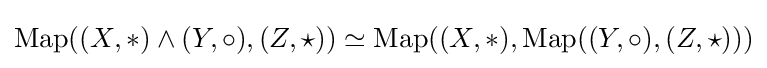
\operatorname {Map} ((X,*)\wedge (Y,\circ ),(Z,\star ))\simeq \operatorname {Map} ((X,*),\operatorname {Map} ((Y,\circ ),(Z,\star )))